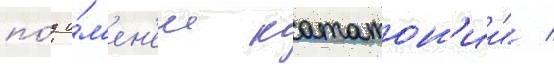
по́д и́м'ен'ем кататон'ии" /